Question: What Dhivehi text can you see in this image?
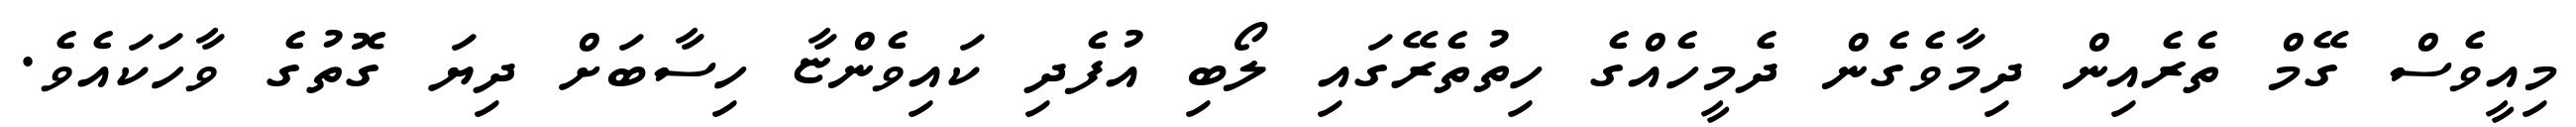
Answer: މިއީވެސް ގޭމް ތެރެއިން ދިމާވެގެން ދެމީހެއްގެ ހިތުތެރޭގައި ލޯބި އުފެދި ކައިވެންޏާ ހިސާބަށް ދިޔަ ގޮތުގެ ވާހަކައެވެ.